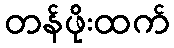
တန်ဖိုးထက်